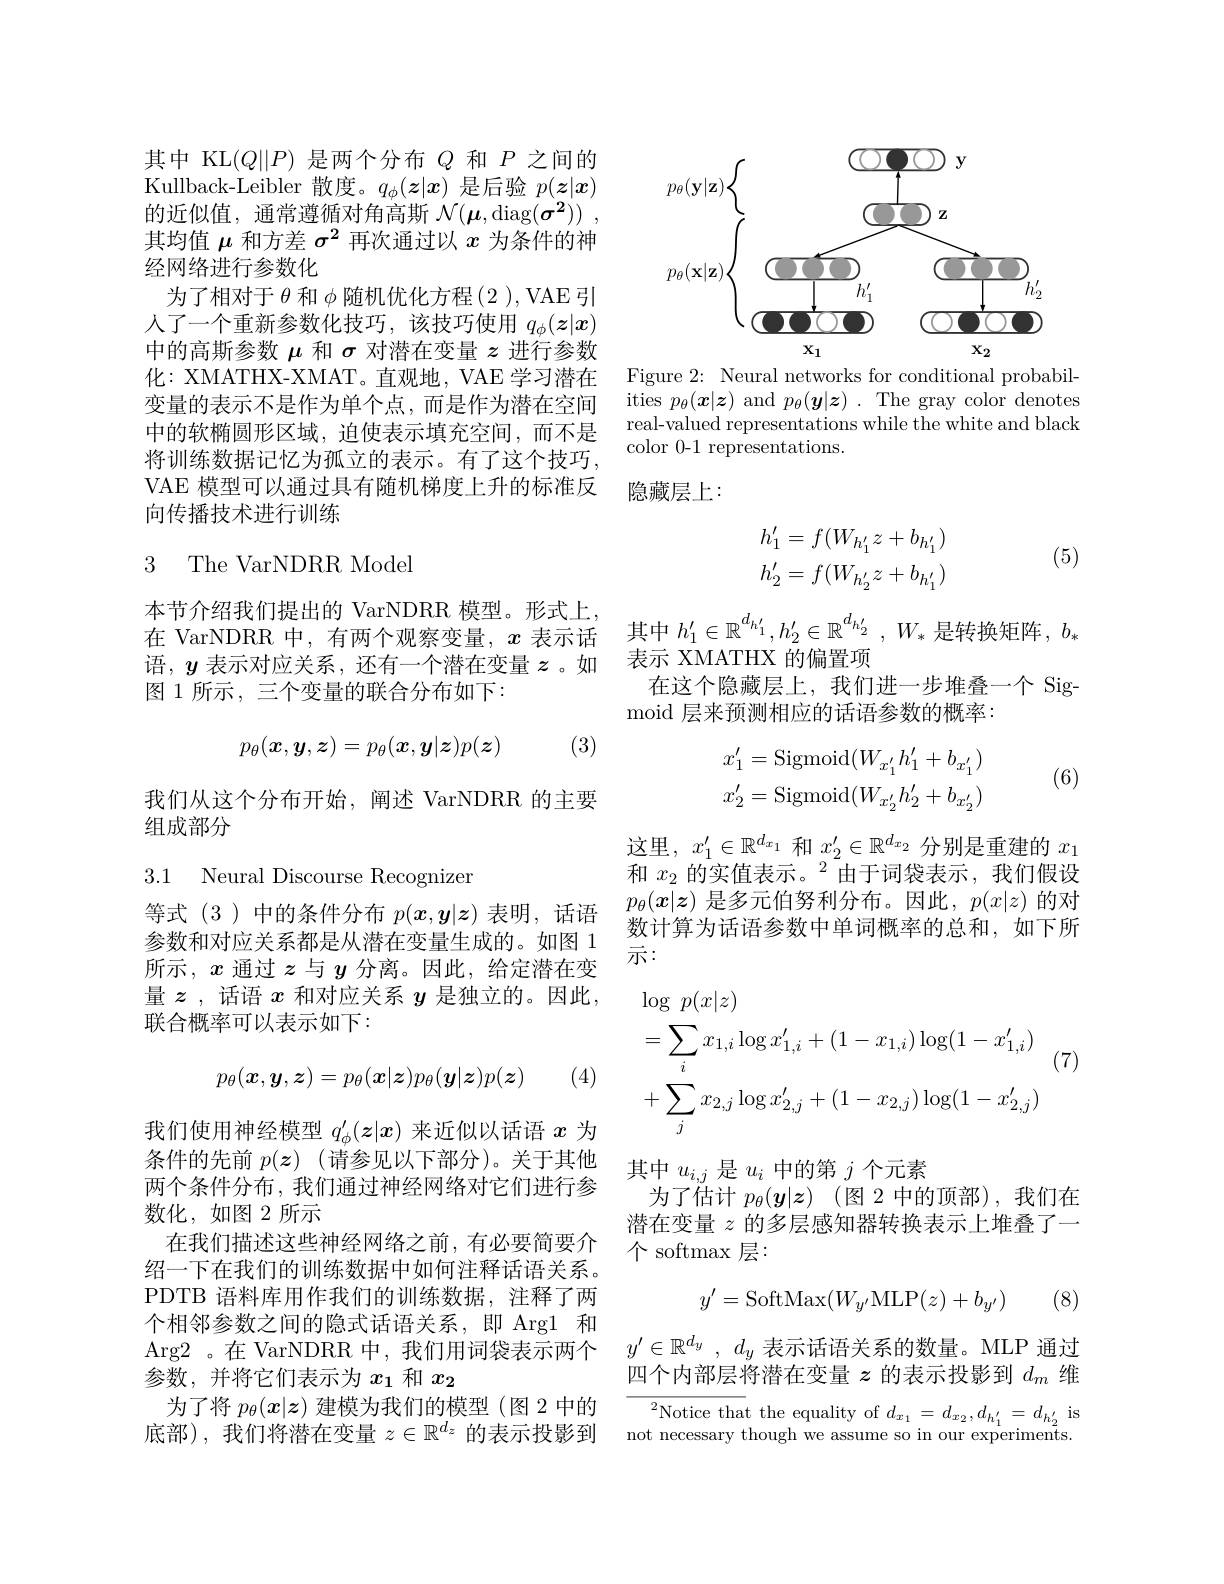
其中 KL$(Q||P)$是两个分布$Q$和$P$之间的Kullback-Leibler 散度。$q_\phi(z|x)$是后验$p(\boldsymbol{z}|\boldsymbol{x})$ 的近似值，通常遵循对角高斯$\mathcal{N} ( \boldsymbol{\mu }, \operatorname { diag} ( \boldsymbol{\overset 2{\sigma }}) )$ , 其均值$\mu$和方差$\sigma^{2}$再次通过以$x$为条件的神经网络进行参数化
为了相对于$\theta$和$\phi$随机优化方程(2 ),VAE 引人了一个重新参数化技巧，该技巧使用$q_\phi(\boldsymbol{z}|x)$ 中的高斯参数$\mu$和$\sigma$对潜在变量$z$进行参数化：XMATHX-XMAT。直观地，VAE 学习潜在变量的表示不是作为单个点，而是作为潜在空间中的软椭圆形区域，迫使表示填充空间，而不是将训练数据记忆为孤立的表示。有了这个技巧， VAE 模型可以通过具有随机梯度上升的标准反向传播技术进行训练

### 3 The VarNDRR Model

本节介绍我们提出的 VarNDRR 模型。形式上
本 节 介 绍 我 们 提 出 的 VarNDRR 俱 坐 。形 式 上 , $\text{在 VarNDRR 中，有两个观察变量，}x\text{ 表示话}\:\text{其中 }h_1^{\prime}\in\mathbb{R}^{d_{h^{\prime}}}_1,h_2^{\prime}\in\mathbb{R}^{d_{h^{\prime}}}_2^{\prime},W_*\text{是转换矩阵，}b_*$
语，$y$表示对应关系，还有一个潜在变量$z$。如 表示 XMATHX 的偏置项
图 1 所示 , 三个变量的联合分布如下：
$$p_\theta(\boldsymbol{x},\boldsymbol{y},\boldsymbol{z})=p_\theta(\boldsymbol{x},\boldsymbol{y}|\boldsymbol{z})p(\boldsymbol{z})$$
(3)

我们从这个分布开始，阐述 VarNDRR 的主要
组成部分

3.1 Neural Discourse Recognizer

等式(3)中的条件分布$p(x,\boldsymbol{y}|\boldsymbol{z})$表明，话语参数和对应关系都是从潜在变量生成的。如图 1所示，$x$通过$z$与$y$分离。因此，给定潜在变量$\boldsymbol{z}$,话语$x$和对应关系$y$是独立的。因此， 联合概率可以表示如下：

(4)
$$p_\theta(\boldsymbol{x},\boldsymbol{y},\boldsymbol{z})=p_\theta(\boldsymbol{x}|\boldsymbol{z})p_\theta(\boldsymbol{y}|\boldsymbol{z})p(\boldsymbol{z})$$
我们使用神经模型$q_\phi^{\prime}(z|x)$来近似以话语$x$为条件的先前$p(\boldsymbol{z})$ (请参见以下部分)。关于其他两个条件分布，我们通过神经网络对它们进行参数化，如图2所示
在我们描述这些神经网络之前，有必要简要介绍一下在我们的训练数据中如何注释话语关系PDTB 语料库用作我们的训练数据，注释了两个相邻参数之间的隐式话语关系，即 Arg1 和Arg2 。在 VarNDRR 中，我们用词袋表示两个参数，并将它们表示为$x_1$和$x_2$
为了将$p_\theta(x|z)$建模为我们的模型(图 2 中的底部),我们将潜在变量$z\in\mathbb{R}^d_z$的表示投影到

<FigureHere>

Figure 2: Neural networks for conditional probabil- $\operatorname*{ities}p_\theta(\boldsymbol{x}|\boldsymbol{z})$ and $p_\theta(\boldsymbol{y}|\boldsymbol{z}).$ The gray color denotes real-valued representations while the white and black color 0-1 representations.

隐藏层上：
$$\begin{aligned}h_1'&=f(W_{h_1'}z+b_{h_1'})\\h_2'&=f(W_{h_2'}z+b_{h_1'})\end{aligned}$$
(5)

在这个隐藏层上，我们进一步堆叠一个 Sig-
moid 层来预测相应的话语参数的概率：
$$\begin{aligned}x_1'&=\mathrm{Sigmoid}(W_{x_1'}h_1'+b_{x_1'})\\x_2'&=\mathrm{Sigmoid}(W_{x_2'}h_2'+b_{x_2'})\end{aligned}$$
(6)

这里，$x_1^\prime\in\mathbb{R}^{d_x_1}$和$x_2^\prime\in\mathbb{R}^{d_x_2}$分别是重建的$x_1$ 和$x_2\text{ 的实值表示。}^2$由于词袋表示，我们假设$p_\theta(x|z)$是多元伯努利分布。因此，$p(x|z)$的对数计算为话语参数中单词概率的总和，如下所示：

(7)
$$\begin{aligned}&\log\:p(x|z)\\&=\sum_ix_{1,i}\log x_{1,i}^{\prime}+(1-x_{1,i})\log(1-x_{1,i}^{\prime})\\&+\sum_jx_{2,j}\log x_{2,j}^{\prime}+(1-x_{2,j})\log(1-x_{2,j}^{\prime})\end{aligned}$$
其中$u_{i,j}$是$u_i$中的第$j$个元素
为了估计 $p_\theta ( \boldsymbol{y}| \boldsymbol{z})$ (图 2 中的顶部),我们在潜在变量$z$的多层感知器转换表示上堆叠了一个 softmax 层：

(8)
$$y'=\text{SoftMax}(W_{y'}\text{MLP}(z)+b_{y'})$$
$y^{\prime }\in \mathbb{R} ^{d_y}$ , $d_y$表示话语关系的数量。MLP 通过四个内部层将潜在变量$z$的表示投影到$d_m$维

$\overline{{^2\text{Notice that the equality of }d_{x_1}=d_{x_2},d_{h_1^{\prime}}=d_{h_2^{\prime}}\mathrm{~is}}}$ not necessary though we assume so in our experiments.